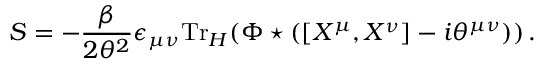
S = - \frac { \beta } { 2 \theta ^ { 2 } } \epsilon _ { \mu \nu } { \mathrm { T r } } _ { { \cal H } } ( \Phi \star ( [ X ^ { \mu } , X ^ { \nu } ] - i \theta ^ { \mu \nu } ) ) \, .